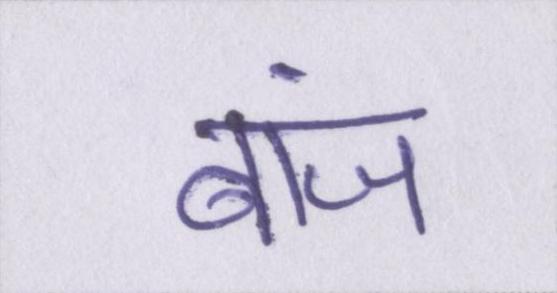
बांज